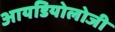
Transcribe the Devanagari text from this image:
आयडियोलोजी